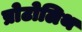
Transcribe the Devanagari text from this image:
प्रोटोलिथ